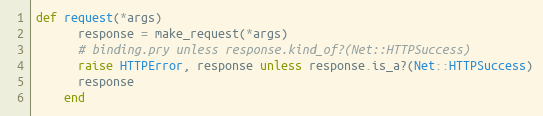
Language: Ruby
def request(*args)
      response = make_request(*args)
      # binding.pry unless response.kind_of?(Net::HTTPSuccess)
      raise HTTPError, response unless response.is_a?(Net::HTTPSuccess)
      response
    end